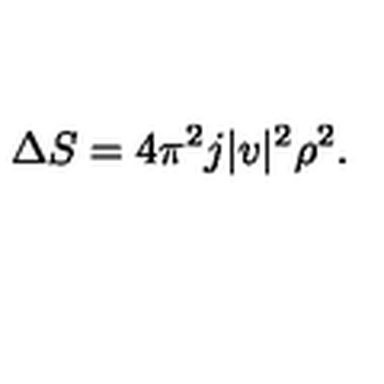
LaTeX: \Delta S = 4 \pi ^ { 2 } j | v | ^ { 2 } \rho ^ { 2 } .